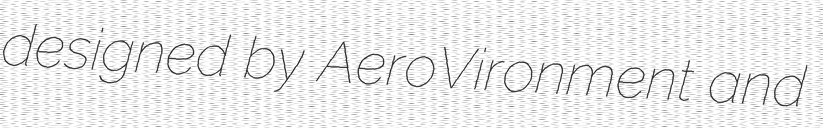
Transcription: designed by AeroVironment and